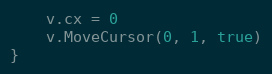
Language: Go
	v.cx = 0
	v.MoveCursor(0, 1, true)
}